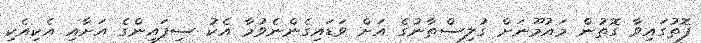
ފޮތުގައިވާ ގޮތުން މައުމޫނަށް ގުލިސްތާނުގެ އަށް ވަޑައިގެންނެވުމާ އެކު ސިފައިންގެ އަށާއި އެކިއެކި